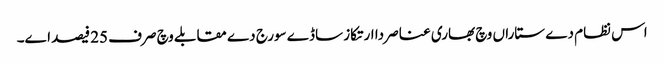
اس نظام دے ستاراں وچ بھاری عناصر دا ارتکاز ساڈے سورج دے مقابلے وچ صرف 25 فیصد ا‏‏ے۔